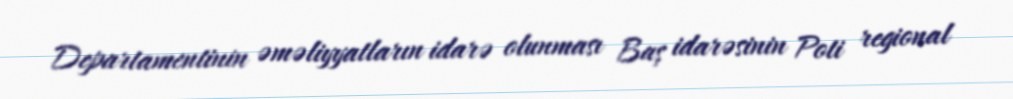
Departamentinin əməliyyatların idarə olunması Baş idarəsinin Poti regional